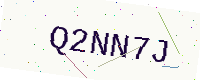
Text: Q2NN7J